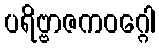
ပရိဗ္ဗာဇကဝဂ္ဂေါ